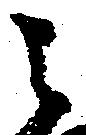
之